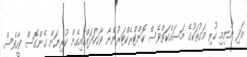
އަދި ނުނިމި ހުރި މަގުތަކުގެ މަސައްކަތްވެސް ކޮންޓްރެކްޓަރުންނާ ވާހަކަދައްކައިގެން ކުރިޔަށް ގެންގޮސް ވީހާވެސް